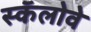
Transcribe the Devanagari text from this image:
स्कॅलोवे